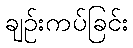
ချဉ်းကပ်ခြင်း